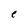
Character: e